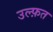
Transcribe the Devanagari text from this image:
उल्फ़त